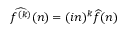
{ \widehat { f ^ { ( k ) } } } ( n ) = ( i n ) ^ { k } { \widehat { f } } ( n )